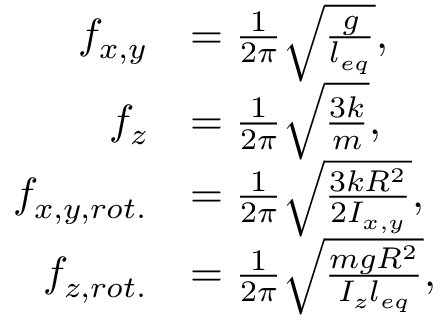
\begin{array} { r l } { f _ { x , y } } & { = \frac { 1 } { 2 \pi } \sqrt { \frac { g } { l _ { e q } } } , } \\ { f _ { z } } & { = \frac { 1 } { 2 \pi } \sqrt { \frac { 3 k } { m } } , } \\ { f _ { x , y , r o t . } } & { = \frac { 1 } { 2 \pi } \sqrt { \frac { 3 k R ^ { 2 } } { 2 I _ { x , y } } } , } \\ { f _ { z , r o t . } } & { = \frac { 1 } { 2 \pi } \sqrt { \frac { m g R ^ { 2 } } { I _ { z } l _ { e q } } } , } \end{array}